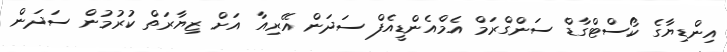
އިންޑިޔާގެ ކޯސްޓްގާޑް ސަންގްރަމް އެމްއެންޑީއެފް ސަދަން އޭރިއާ އަށް ޒިޔާރަތް ކުރުމުން ސަދަން